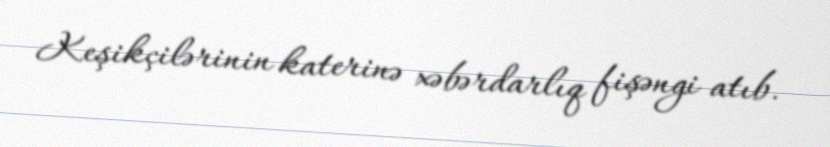
Keşikçilərinin katerinə xəbərdarlıq fişəngi atıb.